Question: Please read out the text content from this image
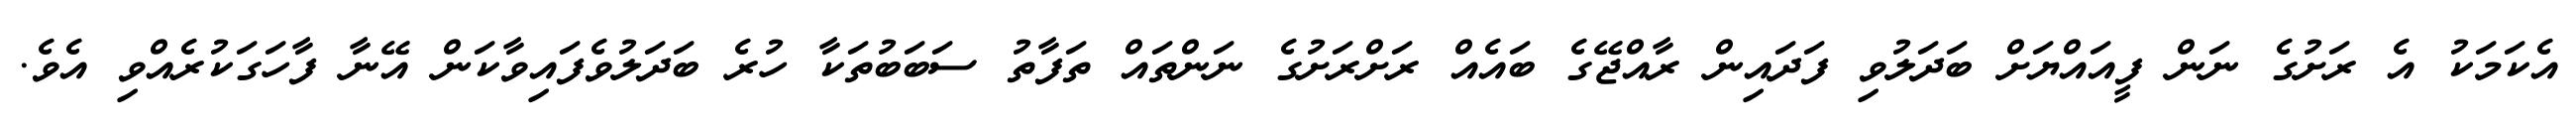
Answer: އެކަމަކު އެ ރަށުގެ ނަން ފީއައްޔަށް ބަދަލުވި ފަދައިން ރާއްޖޭގެ ބައެއް ރަށްރަށުގެ ނަންތައް ތަފާތު ސަބަބުތަކާ ހުރެ ބަދަލުވެފައިވާކަން އޭނާ ފާހަގަކުރެއްވި އެވެ.